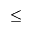
\leq